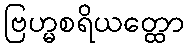
ဗြဟ္မစရိယတ္ထော